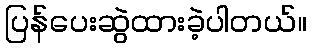
ပြန်ပေးဆွဲထားခဲ့ပါတယ်။